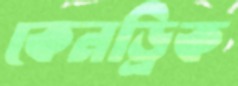
কেনড্রিক